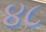
૪૮